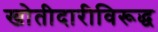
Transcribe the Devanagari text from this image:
खोतीदारीविरूद्ध